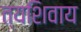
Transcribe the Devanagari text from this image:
त्यशिवाय